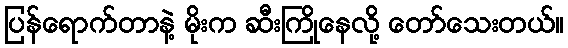
ပြန်ရောက်တာနဲ့ မိုးက ဆီးကြိုနေလို့ တော်သေးတယ်။